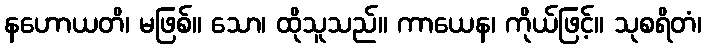
နဟောယတိ၊ မဖြစ်။ သော၊ ထိုသူသည်။ ကာယေန၊ ကိုယ်ဖြင့်။ သုစရိတံ၊